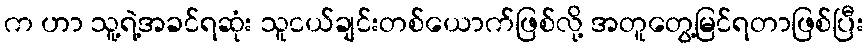
က ဟာ သူ့ရဲ့အခင်ရဆုံး သူငယ်ချင်းတစ်ယောက်ဖြစ်လို့ အတူတွေ့မြင်ရတာဖြစ်ပြီး